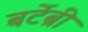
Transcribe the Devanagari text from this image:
बर्टेब्री